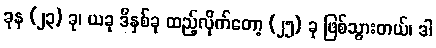
ခုန (၂၃) ခု၊ ယခု ဒီနှစ်ခု ထည့်လိုက်တော့ (၂၅) ခု ဖြစ်သွားတယ်၊ ဒါ